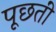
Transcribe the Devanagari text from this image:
पूछतीं